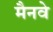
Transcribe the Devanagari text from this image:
मैनवे